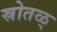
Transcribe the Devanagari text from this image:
स्रोतळ्